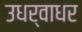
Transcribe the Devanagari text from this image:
उधर्वाधर